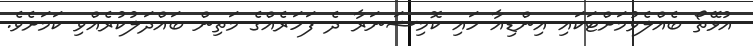
އުޅޭތޯ ބެއްލެވުމަށްޓަކައި އިންޑިއާ ހައި ކޮމިޝަނަރާ ދެ ފަހަރެއްގެ މަތިން ބައްދަލުކުރެއްވި ކަމަށެވެ.